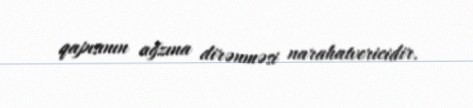
qapısının ağzına dirənməsi narahatvericidir.